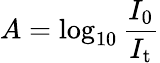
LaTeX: A=\log_{10}\frac{I_{0}}{I_{\mathrm{t}}}